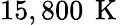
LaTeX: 15,800\, \mathrm{~K~}